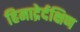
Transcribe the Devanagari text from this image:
हिमाद्रेर्दक्षिण